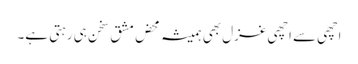
اچھی سے اچھی غزل بھی ہمیشہ محض مشق ِ سخن ہی رہتی ہے۔